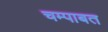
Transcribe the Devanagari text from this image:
चम्पाबत